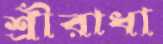
শ্রীরাধা